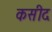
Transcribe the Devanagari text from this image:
कसीद